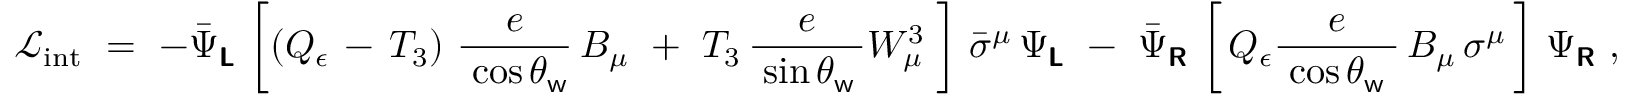
{ \mathcal { L } } _ { \mathrm { i n t } } ~ = ~ - { \bar { \Psi } } _ { \boldsymbol { \mathsf { L } } } \, \left[ \left( Q _ { \epsilon } \, - \, T _ { 3 } \right) \, { \frac { e } { \; \cos \theta _ { \mathsf { w } } } } \, B _ { \mu } ~ + ~ T _ { 3 } \, { \frac { e } { \; \sin \theta _ { \mathsf { w } } \, } } W _ { \mu } ^ { 3 } \; \right] \, { \bar { \sigma } } ^ { \mu } \, \Psi _ { \boldsymbol { \mathsf { L } } } ~ - ~ { \bar { \Psi } } _ { \boldsymbol { \mathsf { R } } } \, \left[ \, Q _ { \epsilon } { \frac { e } { \; \cos \theta _ { \mathsf { w } } \; } } \, B _ { \mu } \, \sigma ^ { \mu } \, \right] \, \Psi _ { \boldsymbol { \mathsf { R } } } ~ ,